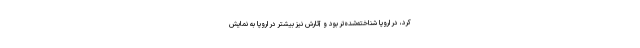
کرد، در اروپا شناخته‌شده‌تر بود و آثارش نیز بیشتر در اروپا به نمایش